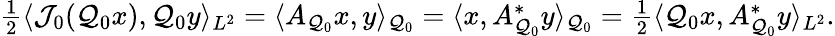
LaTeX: \begin{array}{r}{\frac{1}{2}\langle\mathcal{J}_{0}(\mathcal{Q}_{0}x),\mathcal{Q}_{0}y\rangle_{L^{2}}=\langle A_{\mathcal{Q}_{0}}x,y\rangle_{\mathcal{Q}_{0}}=\langle x,A_{\mathcal{Q}_{0}}^{\ast}y\rangle_{\mathcal{Q}_{0}}=\frac{1}{2}\langle\mathcal{Q}_{0}x,A_{\mathcal{Q}_{0}}^{\ast}y\rangle_{L^{2}}.}\end{array}